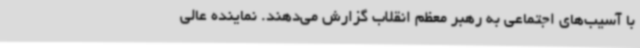
با آسیب‌های اجتماعی به رهبر معظم انقلاب گزارش می‌دهند. نماینده عالی